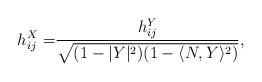
LaTeX: \begin{align*} h_{ij}^X= & \frac{h_{ij}^Y}{\sqrt{(1-|Y|^2)(1-\langle N,Y\rangle^2)}},\end{align*}